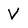
Character: V